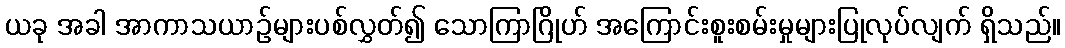
ယခု အခါ အာကာသယာဉ်များပစ်လွှတ်၍ သောကြာဂြိုဟ် အကြောင်းစူးစမ်းမှုများပြုလုပ်လျက် ရှိသည်။